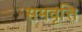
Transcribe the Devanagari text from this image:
समवृत्ति